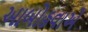
આબોહવાએ